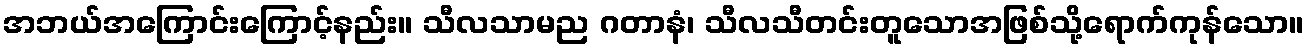
အဘယ်အကြောင်းကြောင့်နည်း။ သီလသာမည ဂတာနံ၊ သီလသီတင်းတူသောအဖြစ်သို့ရောက်ကုန်သော။